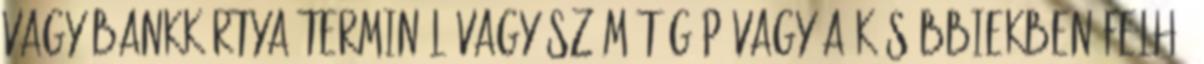
vagy bankkártya terminál vagy számítógép vagy a későbbiekben felhő